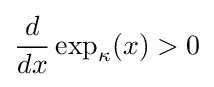
{\frac {d}{dx}}\exp _{\kappa }(x)>0